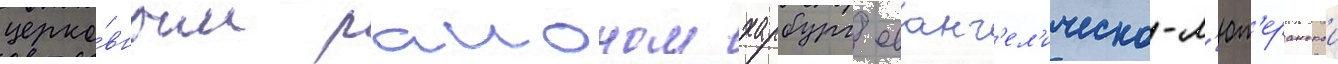
церко́вным раионом харбург еванг'ел'ическо-л'ют'еранскои